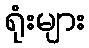
ရုံးများ